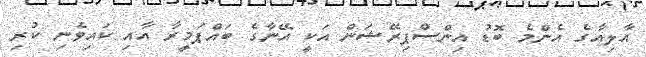
އާލިއާގެ އެންމެ ބޮޑު އިންސްޕިރޭޝަން އަކީ އޭނާގެ ބައްޕަމީރާ އާއި ކައިވެނި ކުރި